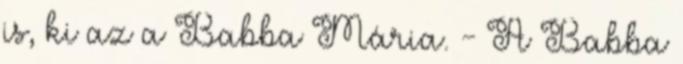
is, ki az a Babba Mária. - A Babba